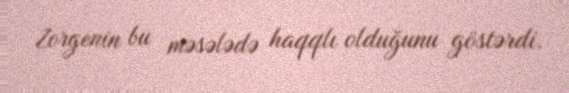
Zorgenin bu məsələdə haqqlı olduğunu göstərdi.